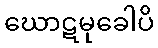
ဃောဋမုခေါပိ